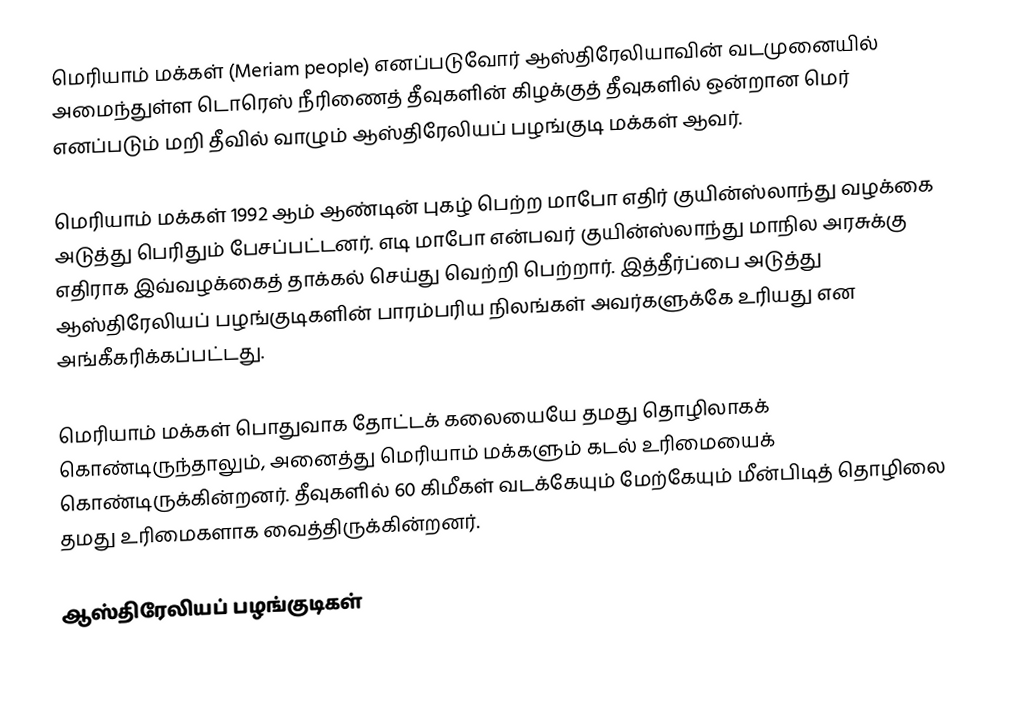
மெரியாம் மக்கள் (Meriam people) எனப்படுவோர் ஆஸ்திரேலியாவின் வடமுனையில் அமைந்துள்ள டொரெஸ் நீரிணைத் தீவுகளின் கிழக்குத் தீவுகளில் ஒன்றான மெர் எனப்படும் மறி தீவில் வாழும் ஆஸ்திரேலியப் பழங்குடி மக்கள் ஆவர்.

மெரியாம் மக்கள் 1992 ஆம் ஆண்டின் புகழ் பெற்ற மாபோ எதிர் குயின்ஸ்லாந்து வழக்கை அடுத்து பெரிதும் பேசப்பட்டனர். எடி மாபோ என்பவர் குயின்ஸ்லாந்து மாநில அரசுக்கு எதிராக இவ்வழக்கைத் தாக்கல் செய்து வெற்றி பெற்றார். இத்தீர்ப்பை அடுத்து ஆஸ்திரேலியப் பழங்குடிகளின் பாரம்பரிய நிலங்கள் அவர்களுக்கே உரியது என அங்கீகரிக்கப்பட்டது.

மெரியாம் மக்கள் பொதுவாக தோட்டக் கலையையே தமது தொழிலாகக் கொண்டிருந்தாலும்,  அனைத்து மெரியாம் மக்களும் கடல் உரிமையைக் கொண்டிருக்கின்றனர். தீவுகளில் 60 கிமீகள் வடக்கேயும் மேற்கேயும் மீன்பிடித் தொழிலை தமது உரிமைகளாக வைத்திருக்கின்றனர்.

ஆஸ்திரேலியப் பழங்குடிகள்